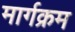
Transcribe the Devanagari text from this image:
मार्गक्रम